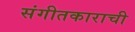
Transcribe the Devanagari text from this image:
संगीतकाराची